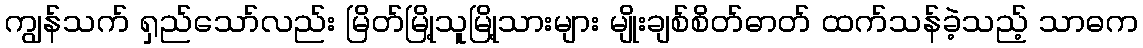
ကျွန်သက် ရှည်သော်လည်း မြိတ်မြို့သူမြို့သားများ မျိုးချစ်စိတ်ဓာတ် ထက်သန်ခဲ့သည့် သာဓက